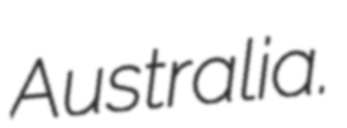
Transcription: Australia.